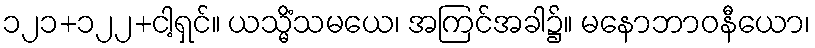
၁၂၁+၁၂၂+ငါ့ရှင်။ ယသ္မိံသမယေ၊ အကြင်အခါ၌။ မနောဘာဝနီယော၊